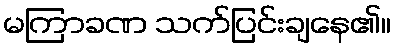
မကြာခဏ သက်ပြင်းချနေ၏။